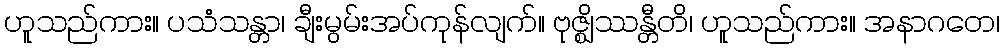
ဟူသည်ကား။ ပသံသန္တာ၊ ချီးမွမ်းအပ်ကုန်လျက်။ ဗုဇ္ဈိဿန္တီတိ၊ ဟူသည်ကား။ အနာဂတေ၊